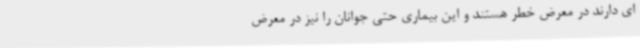
ای دارند در معرض خطر هستند و این بیماری حتی جوانان را نیز در معرض